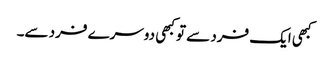
کبھی ایک فرد سے تو کبھی دوسرے فرد سے۔